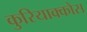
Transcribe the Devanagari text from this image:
कुरियाक्कोस